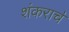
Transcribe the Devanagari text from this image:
शंकराच॓